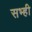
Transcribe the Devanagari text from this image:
सभ्ही